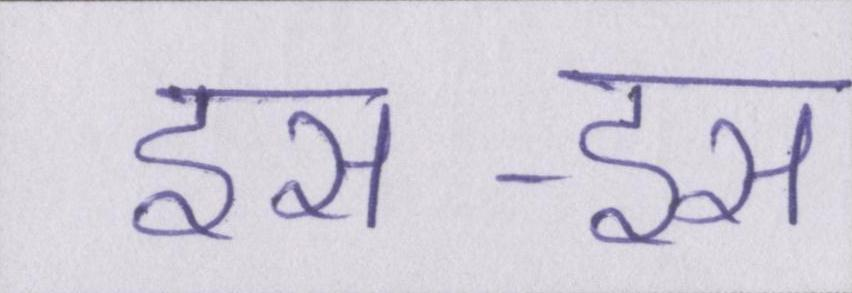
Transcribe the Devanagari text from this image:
इस-इस